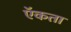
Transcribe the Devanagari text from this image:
ऍकता